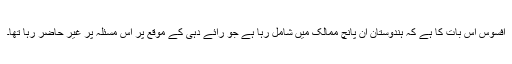
افسوس اس بات کا ہے کہ ہندوستان اُن پانچ ممالک میں شامل رہا ہے جو رائے دہی کے موقع پر اس مسئلہ پر غیر حاضر رہا تھا۔